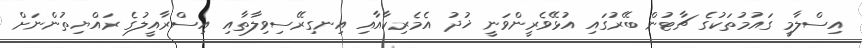
އިސްލާމީ ގައުމުތަކުގެ ޗާޓުން ބޭރުގައި އުޅޭވެރީންވަނީ ޚުދު އެމެރިކާއާއި އިނގިރޭސިވިލާތާއި އިސްރާއީލުގެ ރައްޔިތުންނަށް